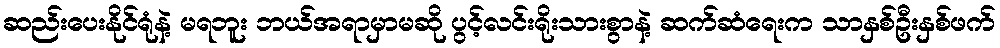
ဆည်းပေးနိုင်ရုံနဲ့ မရဘူး ဘယ်အရာမှာမဆို ပွင့်လင်းရိုးသားစွာနဲ့ ဆက်ဆံရေးက သာနှစ်ဦးနှစ်ဖက်